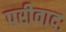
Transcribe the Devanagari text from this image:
परीवादः